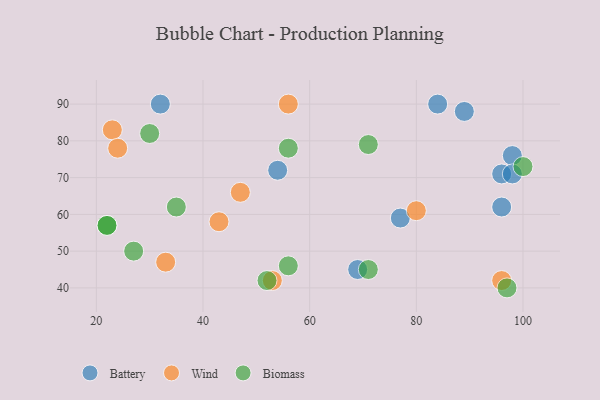
{"axis": {"x": "GDP", "y": "Life Expectancy"}, "legend": ["Battery", "Biomass", "Wind"], "data": [{"x": "69", "y": 45, "type": "Battery"}, {"x": "54", "y": 72, "type": "Battery"}, {"x": "96", "y": 71, "type": "Battery"}, {"x": "77", "y": 59, "type": "Battery"}, {"x": "96", "y": 62, "type": "Battery"}, {"x": "98", "y": 76, "type": "Battery"}, {"x": "84", "y": 90, "type": "Battery"}, {"x": "98", "y": 71, "type": "Battery"}, {"x": "89", "y": 88, "type": "Battery"}, {"x": "32", "y": 90, "type": "Battery"}, {"x": "23", "y": 83, "type": "Wind"}, {"x": "43", "y": 58, "type": "Wind"}, {"x": "24", "y": 78, "type": "Wind"}, {"x": "47", "y": 66, "type": "Wind"}, {"x": "80", "y": 61, "type": "Wind"}, {"x": "56", "y": 90, "type": "Wind"}, {"x": "96", "y": 42, "type": "Wind"}, {"x": "33", "y": 47, "type": "Wind"}, {"x": "53", "y": 42, "type": "Wind"}, {"x": "56", "y": 46, "type": "Biomass"}, {"x": "22", "y": 57, "type": "Biomass"}, {"x": "27", "y": 50, "type": "Biomass"}, {"x": "71", "y": 45, "type": "Biomass"}, {"x": "71", "y": 79, "type": "Biomass"}, {"x": "97", "y": 40, "type": "Biomass"}, {"x": "35", "y": 62, "type": "Biomass"}, {"x": "100", "y": 73, "type": "Biomass"}, {"x": "30", "y": 82, "type": "Biomass"}, {"x": "22", "y": 57, "type": "Biomass"}, {"x": "56", "y": 78, "type": "Biomass"}, {"x": "52", "y": 42, "type": "Biomass"}]}